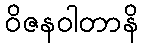
ဝိဇနဝါတာနိ